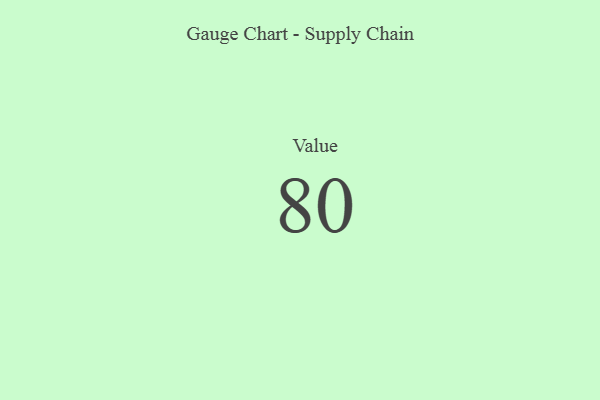
{"axis": {"x": "Metric", "y": "Value"}, "legend": [""], "data": [{"x": "Value", "y": 80, "type": ""}]}